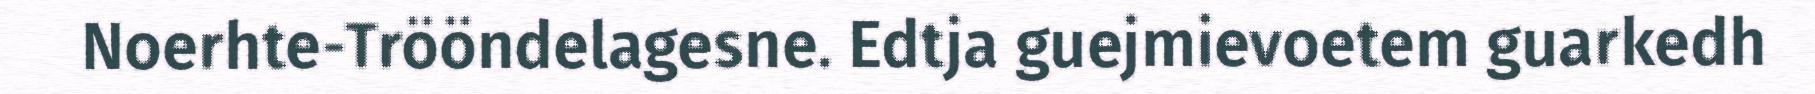
Noerhte-Trööndelagesne. Edtja guejmievoetem guarkedh